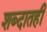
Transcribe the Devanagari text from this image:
शब्दातही